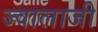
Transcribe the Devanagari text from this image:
ज्‍वालाजी